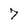
Character: 7